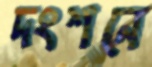
দংশনে